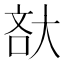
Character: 𡘯